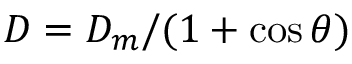
D = { D _ { m } } / { ( 1 + \cos \theta ) }